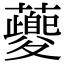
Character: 𧃰